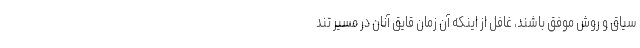
سیاق و روش موفق باشند، غافل از اینكه آن زمان قایق آنان در مسیر تند